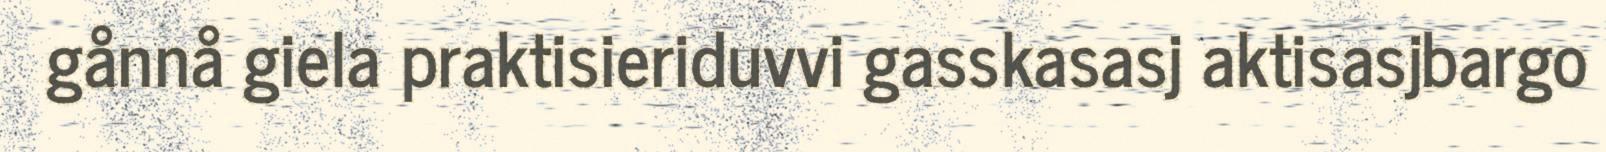
gånnå giela praktisieriduvvi gasskasasj aktisasjbargo